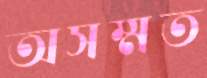
অসম্মত